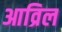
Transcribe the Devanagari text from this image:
आव्रिल